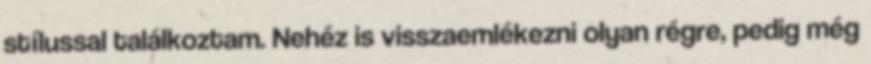
stílussal találkoztam. Nehéz is visszaemlékezni olyan régre, pedig még